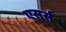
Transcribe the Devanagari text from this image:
एसर्स